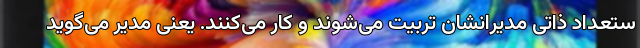
ستعداد ذاتی مدیرانشان تربیت می‌شوند و کار می‌کنند. یعنی مدیر می‌گوید